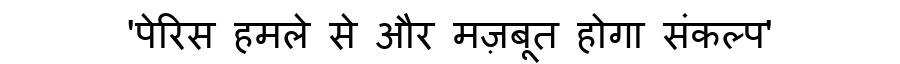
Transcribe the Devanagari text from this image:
'पेरिस हमले से और मज़बूत होगा संकल्प'